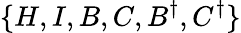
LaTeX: \{ H,I,B,C,B^{\dagger},C^{\dagger}\}